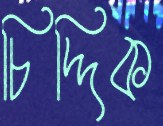
চিদ্দিক